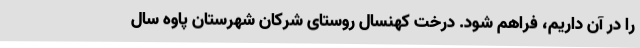
را در آن داریم، فراهم شود. درخت کهنسال روستای شرکان شهرستان پاوه سال